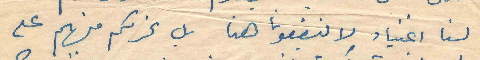
لسنا اغنياء لا ينفعونا هنا بل نحرمكم منهم على